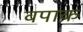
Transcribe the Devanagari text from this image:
वपाक